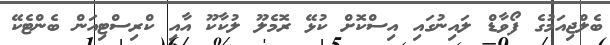
ބެލްޖިއަމުގެ ފޯވާޑް ލައިނުގައި އިސްކޮށް ކުޅޭ ރޮމެލޫ ލުކާކޫ އާއި ކްރިސްޓިއަން ބެންޓެކޭ